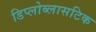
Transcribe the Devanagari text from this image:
डिप्लोब्लासटिक